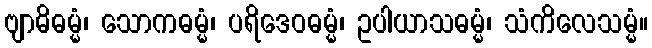
ဗျာဓိဓမ္မံ၊ သောကဓမ္မံ၊ ပရိဒေဝဓမ္မံ၊ ဥပါယာသဓမ္မံ၊ သံကိလေသမ္မံ။